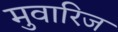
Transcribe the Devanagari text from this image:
मुवारिज